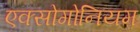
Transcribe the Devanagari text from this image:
एक्सोगोनियम